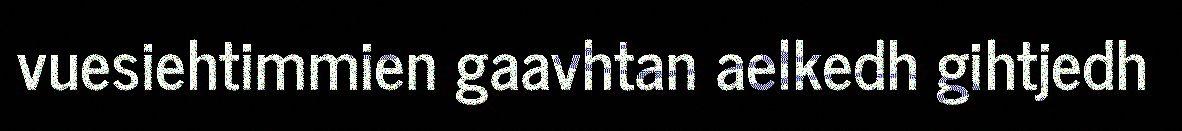
vuesiehtimmien gaavhtan aelkedh gihtjedh